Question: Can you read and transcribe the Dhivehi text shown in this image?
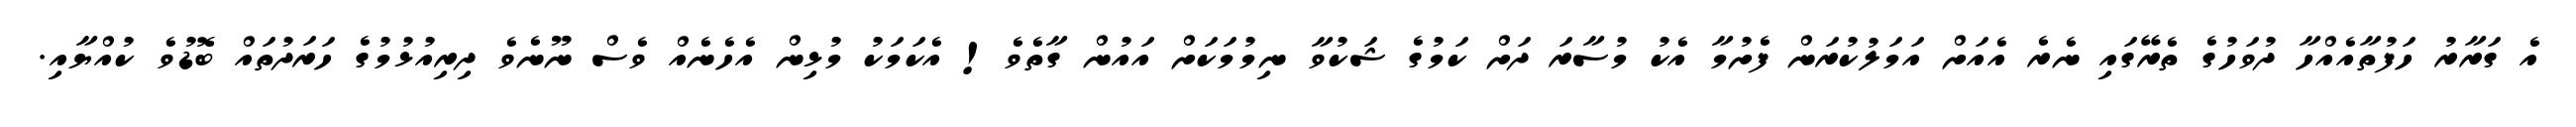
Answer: އެ ގަރާރު ހަފުތާއެއްހާ ދުވަހުގެ ތެރޭގައި ނެރެ އެއަށް އަމަލުކުރަން ފެށުމާ އެކު މުސާރަ ދަށް ކަމުގެ ޝަކުވާ ނިމުމަކަށް އައުން ގާތެވެ! އެކަމަކު މުޅިން އެހެނެއް ވެސް ނޫނެވެ ދިރިއުޅުމުގެ ހަރަދުތައް ބޮޑުވެ ކުއްޔާއި.